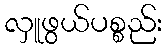
လှူဖွယ်ပစ္စည်း